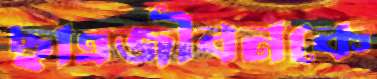
ছাত্রজীবনকে